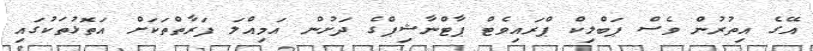
އޭގެ އިތުރުން ވެސް ޕަބްލިކް ޕްރައިވެޓް ޕާޓްނާޝިޕްގެ ދަށުން އަމިއްލަ ފަރާތްތަކަށް އަތޮޅުތަކުގައި